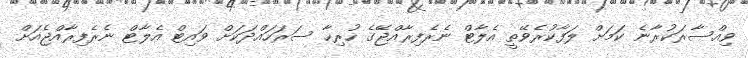
ވިއްސާރަކުރާނެ ކަމަށް ލަފާކުރެވޭތީ އެލާޓް ނެރެފިރާއްޖޭގެ ހުރިހާ ސަރަހައްދަކަށް ވައިޓް އެލާޓް ނެރެފިރާއްޖެއަށް